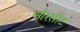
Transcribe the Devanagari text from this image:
औरसीट